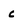
Character: c